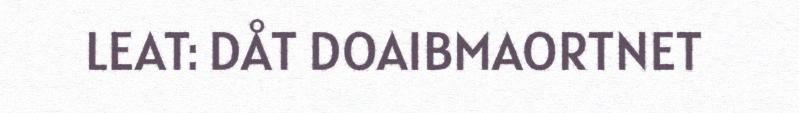
LEAT: DÅT DOAIBMAORTNET